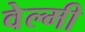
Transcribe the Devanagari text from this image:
वेल्मी